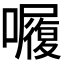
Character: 𭌆